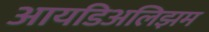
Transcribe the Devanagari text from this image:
आयडिअलिझम